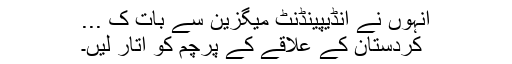
انہوں نے انڈیپینڈنٹ میگزین سے بات ک ...
کردستان کے علاقے کے پرچم کو اتار لیں۔